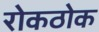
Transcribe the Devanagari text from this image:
रोकठोक